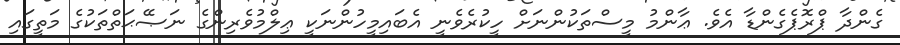
ގެންދާ ޕްރޮޕެގެންޑާ އެވެ. ޢާންމު މީސްތަކުންނަށް ހީކުރެވެނީ އެބައިމީހުންނަކީ ޢިލްމުވެރިންގެ ނަޞޭޙަތްތަކުގެ މަތީގައި